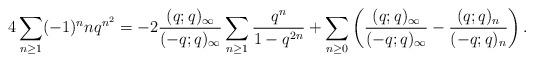
LaTeX: \begin{align*}4\sum_{n\geq1}(-1)^nnq^{n^2}=-2\frac{(q;q)_{\infty}}{(-q;q)_{\infty}}\sum_{n\geq1}\frac{q^n}{1-q^{2n}}+\sum_{n\geq0}\left(\frac{(q;q)_{\infty}}{(-q;q)_\infty}-\frac{(q;q)_n}{(-q;q)_n}\right).\end{align*}